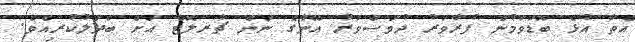
އެތާ އުޅެ ބޮޑުވަމުން ފުރާވަރު ދުވަސްވަރު އޭނާގެ ނަން ޗާރލޮޓް އަށް ބަދަލުކުރިއެވެ.